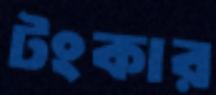
টংকার